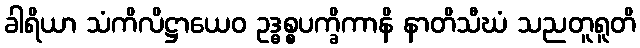
ခါရိယာ သံကိလိဋ္ဌာယေဝ ဥဒ္ဓစ္စပက္ခိကာနိ နာတိသီဃံ သညတူရူတိ